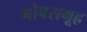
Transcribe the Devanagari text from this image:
गोपसमूह